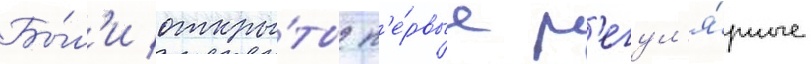
Бы́л'и откры́ты п'е́рвые р'егул'я́рные